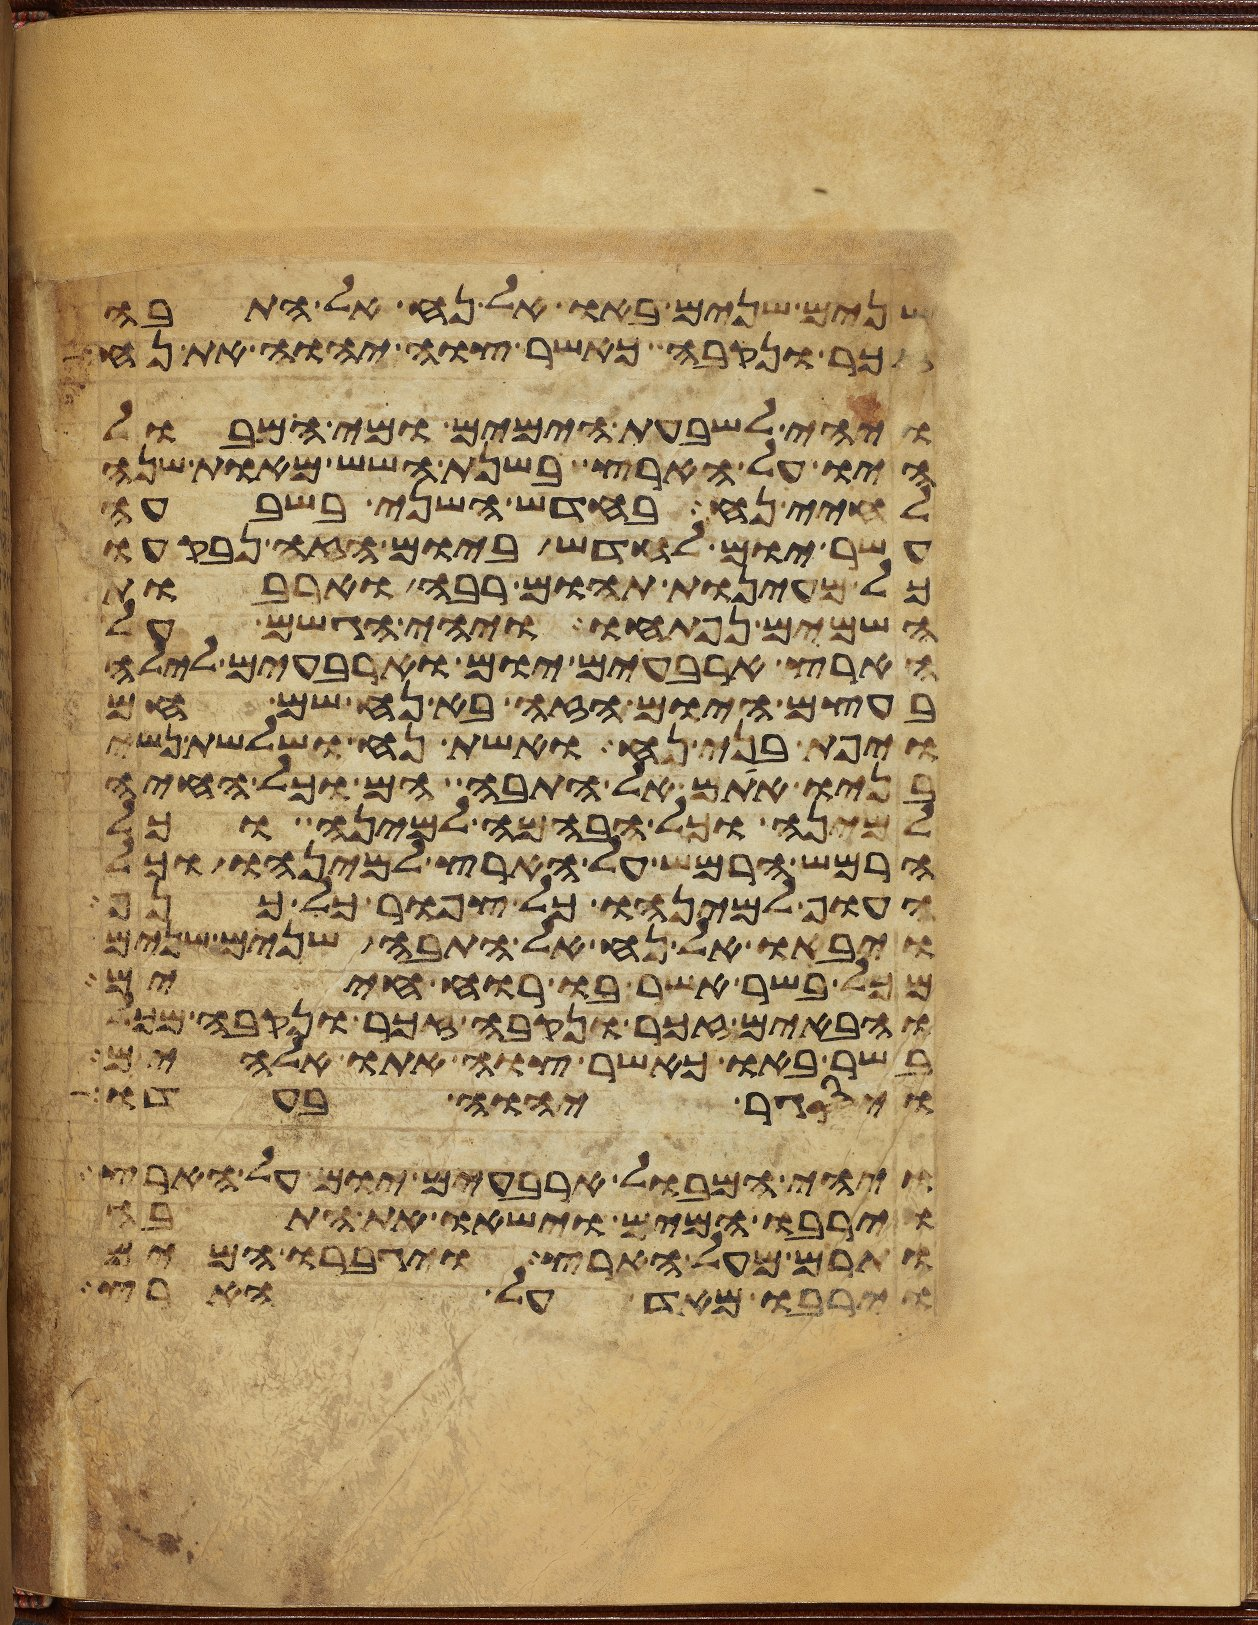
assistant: שנים שנים באו אל נח אל התבה
זכר ונקבה כאשר צוה יהוה את נח
ויהי לשבעת הימים ומי המבול
היו על הארץ בשנת השש מאות שנה
לחיי נח בחדש השני בשבעה
עשר יום לחדש ביום הזה נבקעו
כל מעינות תהום רבה וארבות
השמים נפתחו ויהי הגשם על
הארץ ארבעים יום וארבעים לילה
בעצם היום הזה בא נח שם חם
ויפת בני נח ואשת נח ושלשת נשי
בניו אתם אל התבה הם וכל החיה
למינה וכל הבהמה למינה וכל
הרמש הרמש על הארץ למינהו וכל
העוף למינהו כל צפור כל כנף
ויבאו אל נח אל התבה שנים שנים
מכל בשר אשר בו רוח חיים
והבאים זכר ונקבה זכר ונקבה מכל
בשר באו כאשר צוה אתו אלהים
ויסגר יהוה בעדו
ויהי המבול ארבעים יום על הארץ
וירבו המים וישאו את התבה
ותרם מעל הארץ ויגברו המים
וירבו מאד על הארץ